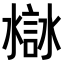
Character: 𧩁